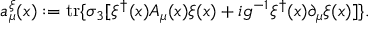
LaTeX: a _ { \mu } ^ { \xi } ( x ) : = \mathrm { t r } \{ \sigma _ { 3 } [ \xi ^ { \dagger } ( x ) { \cal A } _ { \mu } ( x ) \xi ( x ) + i g ^ { - 1 } \xi ^ { \dagger } ( x ) \partial _ { \mu } \xi ( x ) ] \} .